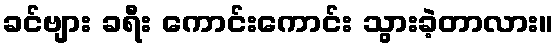
ခင်ဗျား ခရီး ကောင်းကောင်း သွားခဲ့တာလား။